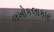
લખોકલાકાર